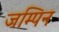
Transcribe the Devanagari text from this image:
जम्पिन